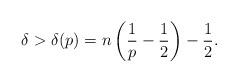
LaTeX: \begin{align*}\delta> \delta(p)= n \left({1\over p}-{1\over 2} \right)-{1\over 2}.\end{align*}